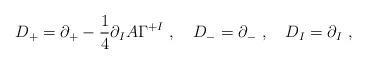
LaTeX: \begin{align*}D_+ = \partial_+ - \frac{1}{4} \partial_I A \Gamma^{+I} ~,~~~D_- = \partial_- ~,~~~D_I = \partial_I ~,\end{align*}